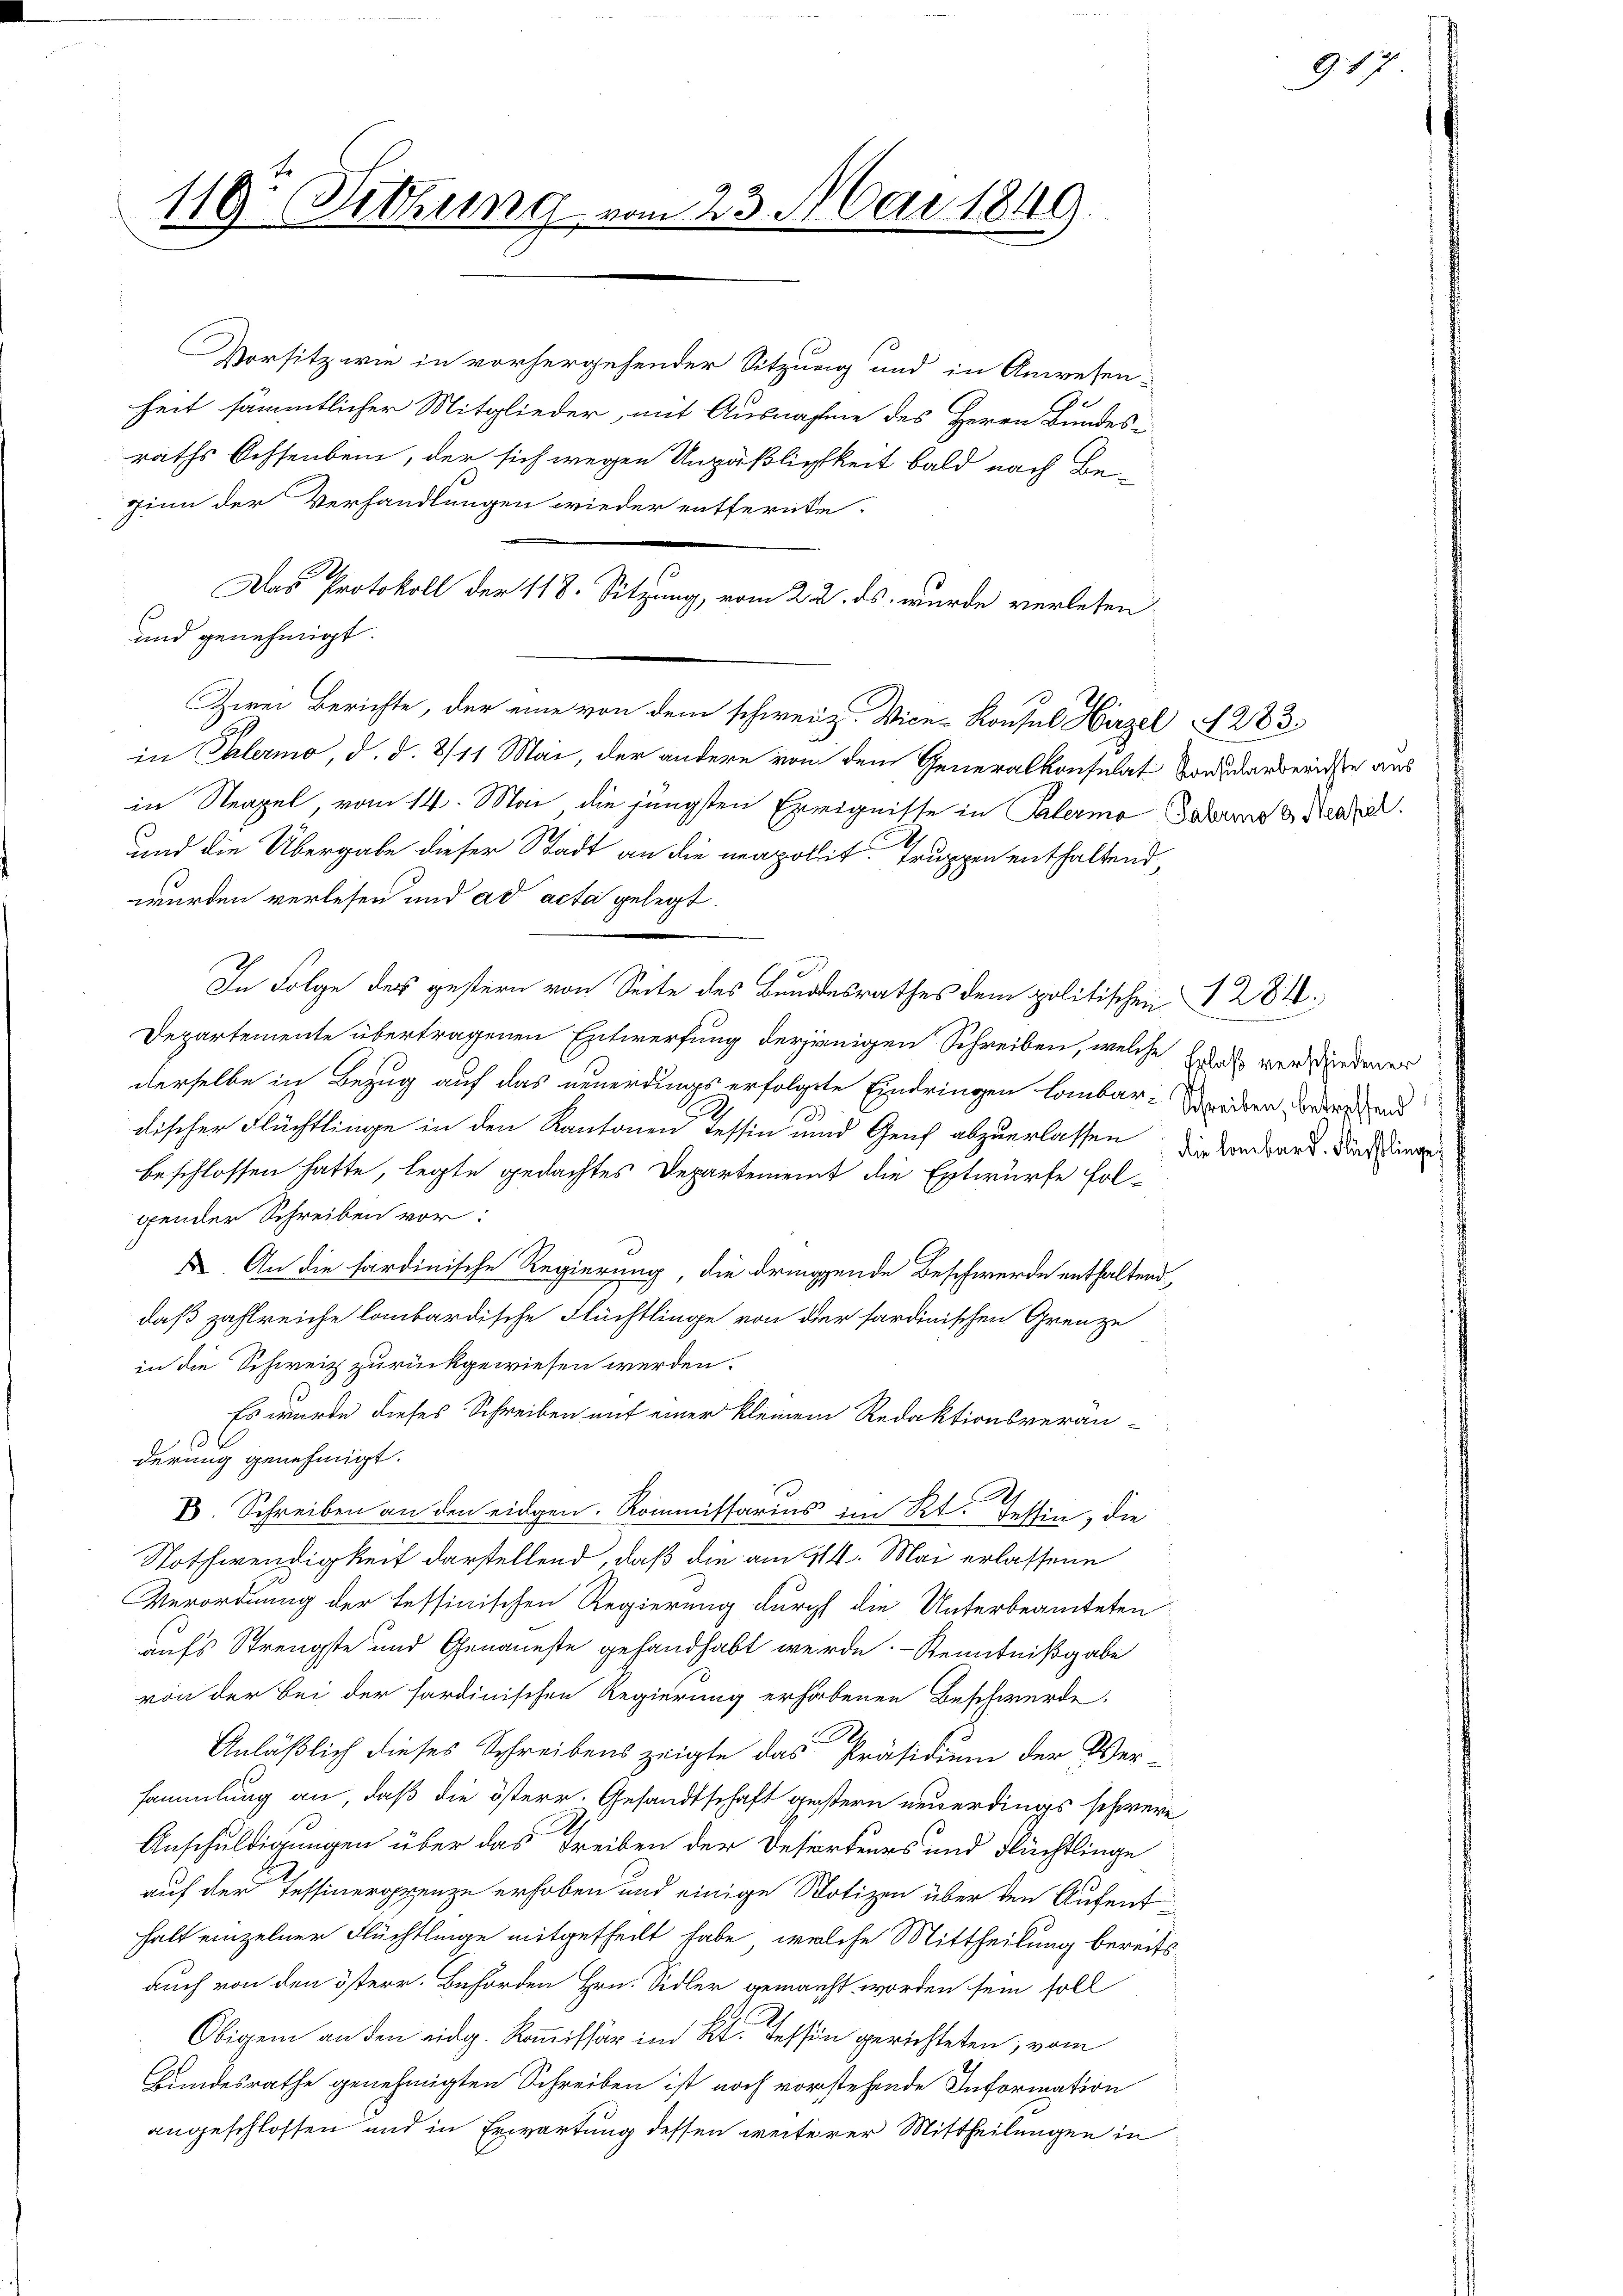
Das Protokoll der 118. Sitzung, vom 22. ds. wurde verlesen
und genehmigt.
Zwei Berichte, der eine von dem schweiz. Vice-Konsul Hirzel 283.
in Palermo, d. d. 8/11 Mai, der andere von dem Generalkonsulat Bordarberichte aus
in Neapel vom 14. Mai die jüngsten Ereignisse in Palermo Jedene Strael
wurden verlesen und ad acta gelegt.
In Folge des gestern von Seite des Bundesrathes dem politischen § 284.
Departemente übertragenen Entwerfung derjenigen Schreiben, welche
dderselbe in Bezug auf das neuerdings erfolgte Eindringen lombar-Werden derer und
discher Flüchtlinge in den Kantonen Tessin und Genf abzuerlassen die Anwart, daß einge
beschlossen hatte, legte gedachtes Departement die Entwürfe fol-
gender Schreiben vor:
X An die sardinische Regierung, die dringende Beschwerde enthaltend,
daß zahlreiche lombardische Flüchtlinge von der sardinischen Grenze
in die Schweiz zurückgewiesen werden.
Es wurde dieses Schreiben auf einer kleinem Redaktionsverän-
derung genehmigt.
t
V. Schreiben an den eidgen. Kommissarius im Kt. Tessin, die
Nothwendigkeit darstellend, daß die am 14. Mai erlassene
Verordnung der Tessinischen Regierung durch die Unterbeamteten
aufs Strengste und Genaueste gehandhabt werde. - Kenntnißgabe
von der bei der fordinischen Regierung erhobenen Beschwerde.
Anläßlich dieses Schreibens zeigte das Präsidium der Ver-
sammlung an, daß die österr. Gesandtschaft geistern neuerdings schwere
Anschuldigungen über das Treiben der Departens und Flüchtlinge
auf der Tessinergrenze erhoben und einige Notizen über den Aufenthalt einzelner Flüchtlinge mitgetheilt habe, welche Mittheilung bereitsauch von den österr. Behörden Hrn. Sidler gemacht worden sein soll
Obigem an den eidg. Kommissär im Kt. Tessin gerichteten, vom
Bundesrathe genehmigten Schreiben ist noch vorstehende Information
angeschlossen und in Erwartung dessen weiterer Mittheilungen in

119: Sitzung vom 23. Mai 1849

Vorsitz wie in vorhergehender Sitzung und in Anwesen-
heit sämmtlicher Mitglieder, mit Ausnahme des Herrn Bundes-
raths Ochsenbein, der sich wegen Unpäßlichkeit bald nach Bezinn der Verhandlungen wieder entfernte.

und die Übergabe dieser Stadt an die neapolit. Truppen enthaltend,

917

Erlaß verschiedener